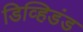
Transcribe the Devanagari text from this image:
डिव्हिडंड